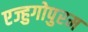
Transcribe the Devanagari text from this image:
एज्हुगोपुरम